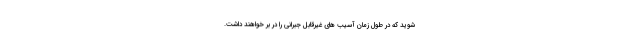
شوید که در طول زمان آسیب های غیرقابل جبرانی را در بر خواهند داشت.